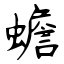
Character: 蟾